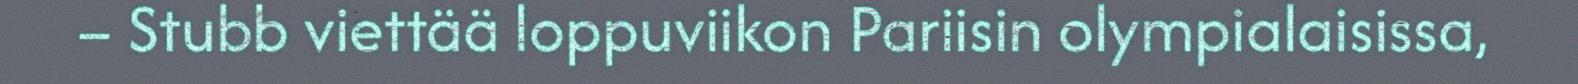
– Stubb viettää loppuviikon Pariisin olympialaisissa,